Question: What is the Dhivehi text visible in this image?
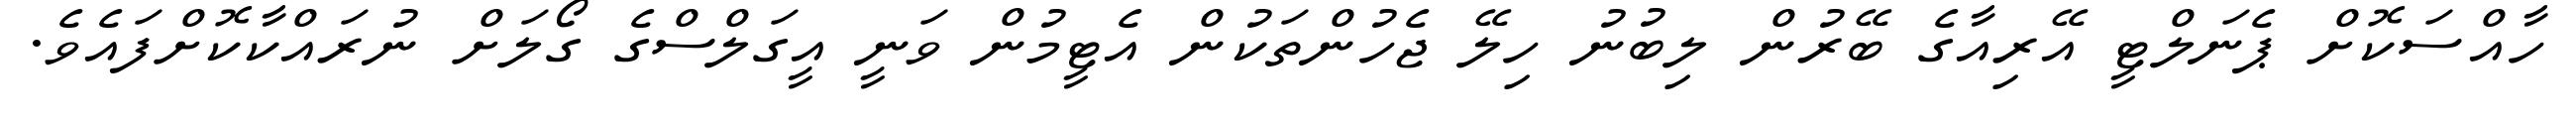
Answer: ހާއްސަކޮށް ޕެނަލްޓީ އޭރިއާގެ ބޭރުން ލިބުނު ހިލޭ ޖެހުންތަކުން އެޓީމުން ވަނީ އީގަލްސްގެ ގޯލަށް ނުރައްކާކޮށްފައެވެ.